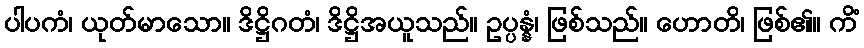
ပါပကံ၊ ယုတ်မာသော။ ဒိဋ္ဌိဂတံ၊ ဒိဋ္ဌိအယူသည်။ ဥပ္ပန္နံ၊ ဖြစ်သည်။ ဟောတိ၊ ဖြစ်၏။ ကိံ